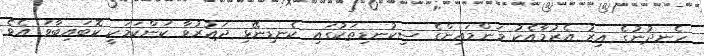
ހެނދުނުގެ އިރު އެރުމާއެކު މަންމައިންގެ ސިކުނޑިތަކުގައި ކެނޑިނޭޅި ދައުރުވާ ކަންކަމަކީ ކޮބައިބާވަ އެވެ